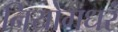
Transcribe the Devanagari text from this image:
नियोगधरं